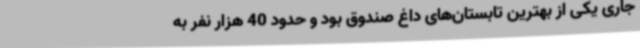
جاری یکی از بهترین تابستان‌های داغ صندوق بود و حدود 40 هزار نفر به